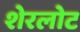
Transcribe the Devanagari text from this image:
शेरलोट